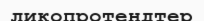
ликопротендтер